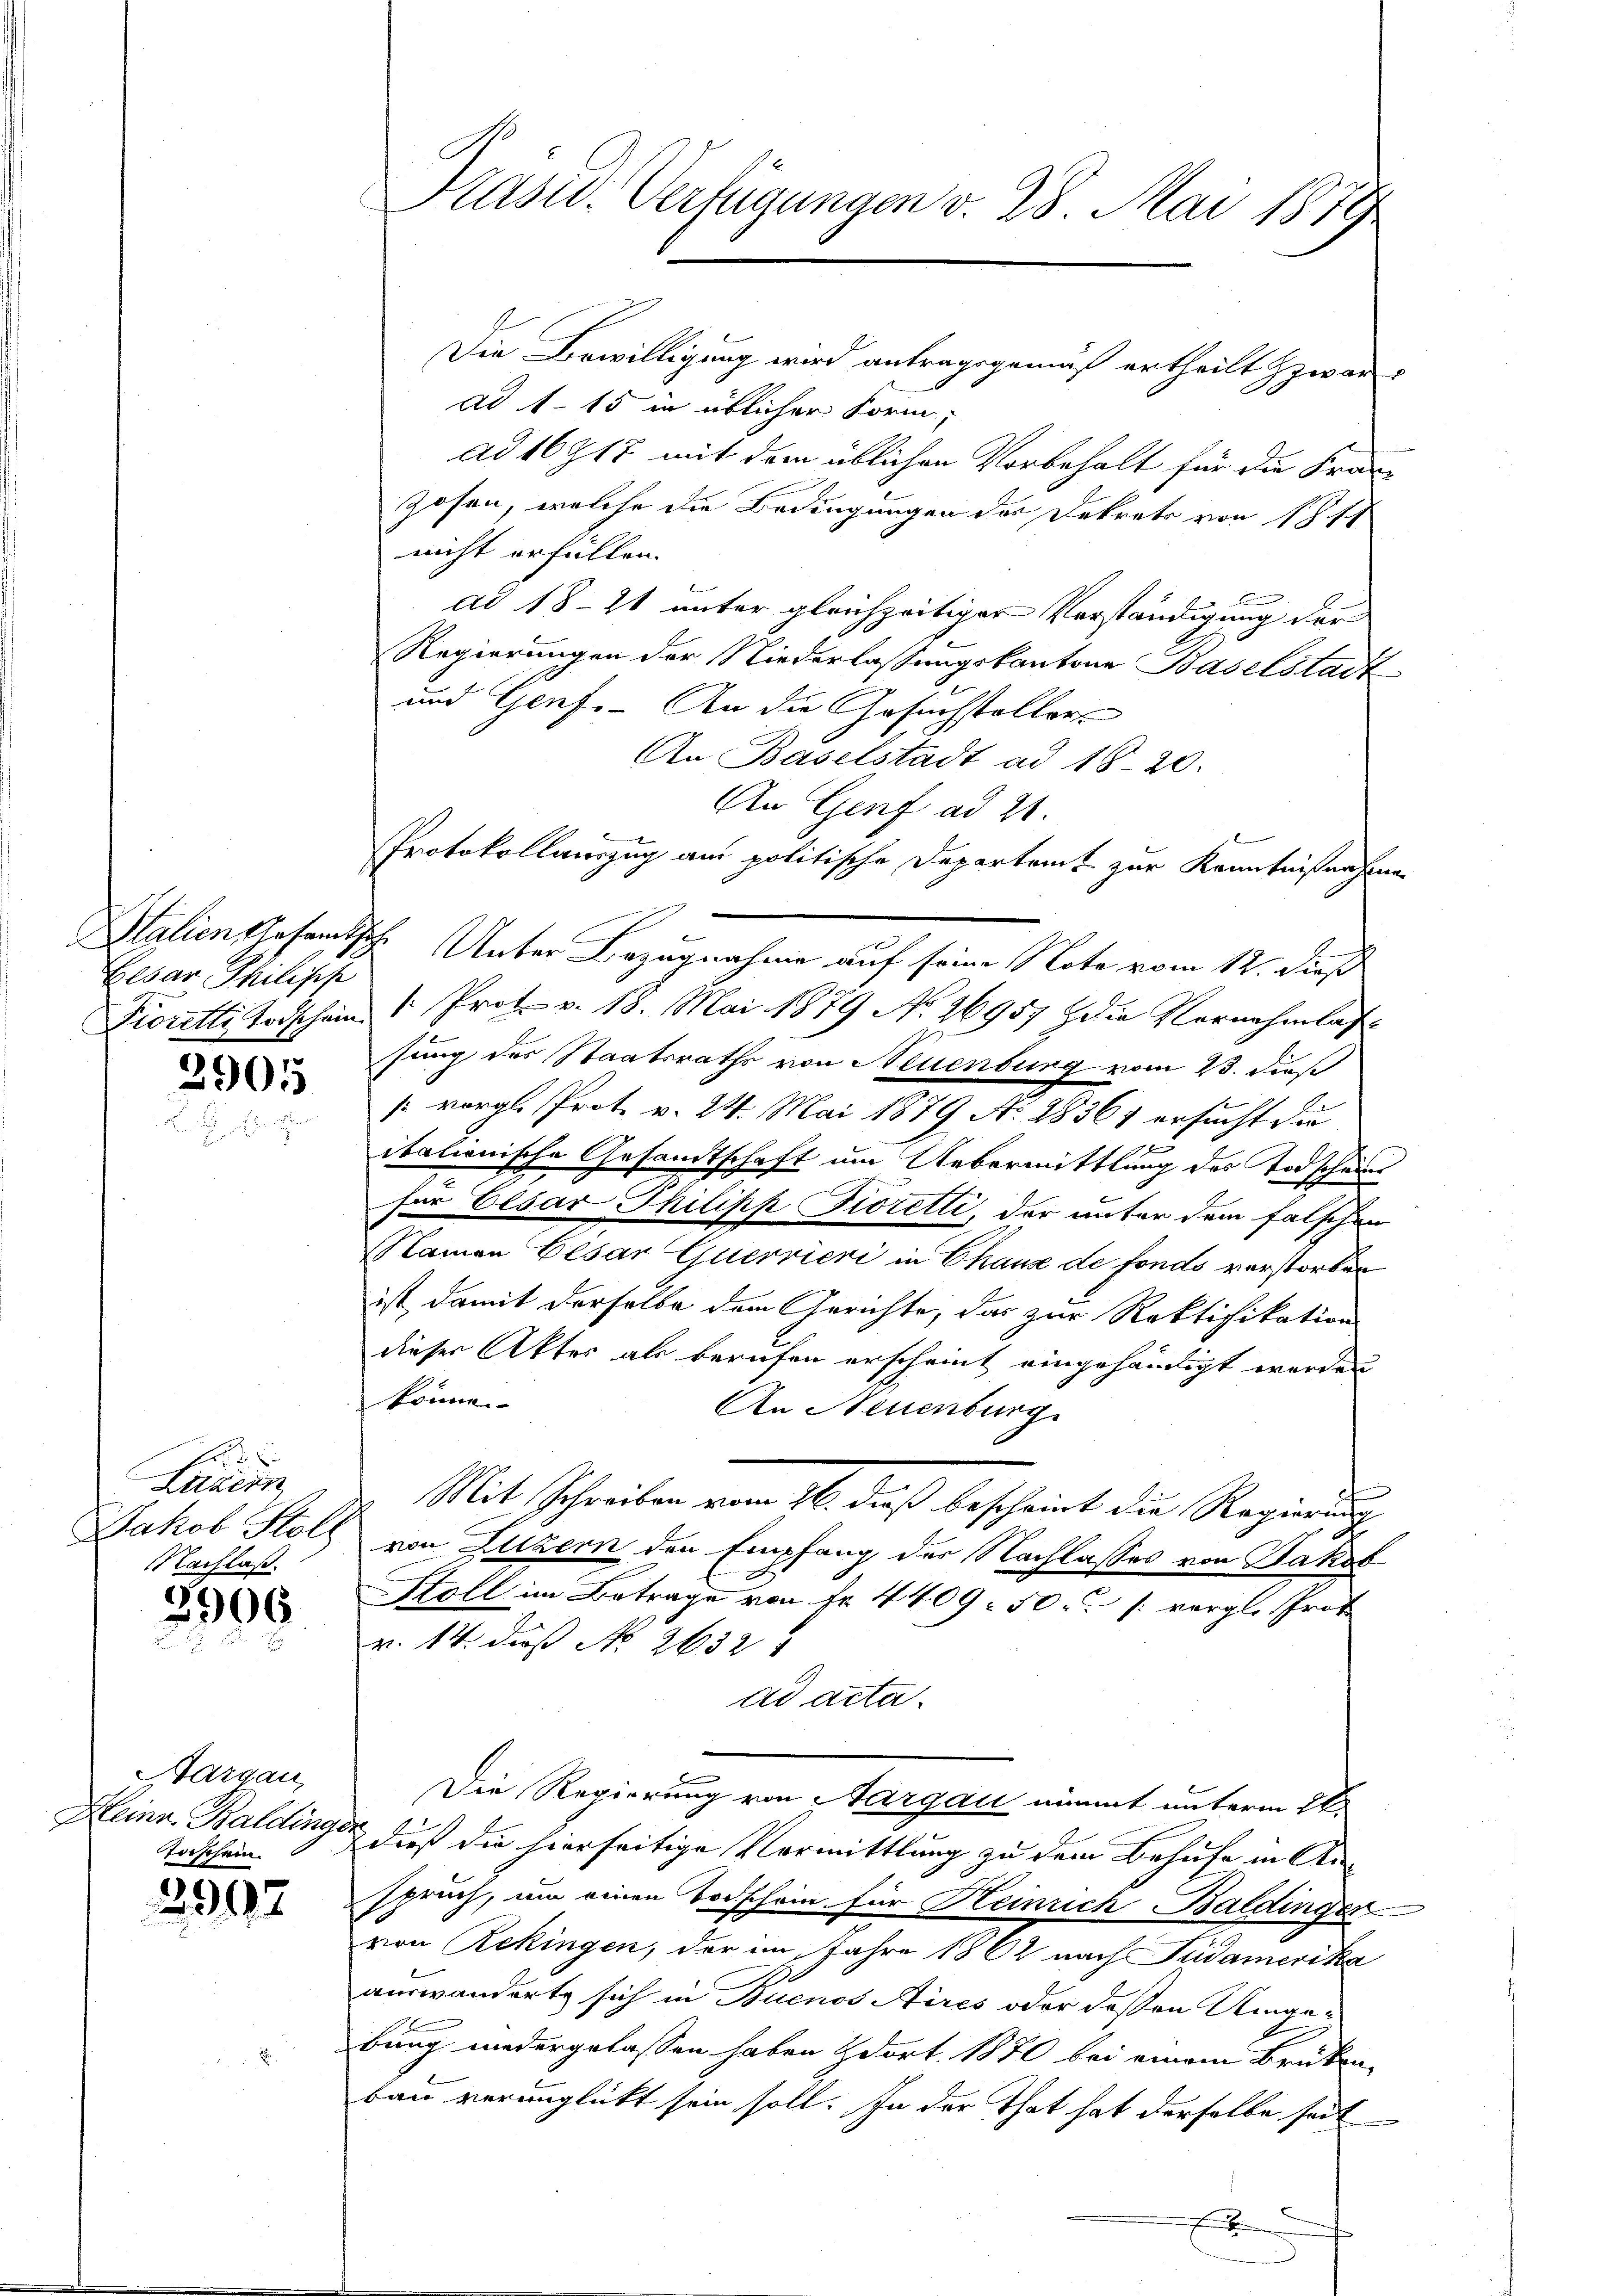
Eesar Philisch

2905

Luzern
Nachlaß.

2909

Aargau,
Taschein.

2097

Die Bewilligung wird antragsgemäß ertheilt zwar
ad 1. 15 in üblicher Form,
ad 16 717 mit dem üblichen Vorbehalt für die Franz-
zosen, welche die Bedingungen der Dekrets von 18 sch
nicht erfüllen.
ad 1821 unter gleichzeitiger Verständigung der
Regierungen der Niederlassungskantone Baselstadt
und Genf. An die Gesuchsteller
An Baselstadt ad 1820.
An Genf ad 21.
Protokollauszug am politische Departamt zur Kenntnißenhan
Station gesandtsch. Unter Bezugnahme auf seine Note vom 12. dieß
Dioretti Todschein 1. Prot. v. 18. Mai 1879 No 26957 die Vernehmlas
sung des Staatsraths von Neuenburg vom 23. dieß
(vergl. Prot. v. 24. Mai 1879 Ao 1836 ersucht die
x
itationische Gesandtschaft um Uebermittlung des Todschein
für Elsar Philipp Fioretti, der unter dem falschen
Namen Cesar Quervieri in Chaus de fonds verstorben
ist, damit derselbe dem Gerichte, das zur Rektifikation
dieser Aktes als berufen erscheint eingehändigt worden
könne.
An Neuenburg
Mit Schreiben vom 16. daß bescheint die Regierung
Jakob Stoll von Luzern den Empfang der Nachlasses von Jakob
Stoll im Betrage von Fr. 4409. 50 u. s. vergl. Prot
v. 14. daß No 26324
ad acta.
Die Regierung von Aargau nimmt unterm 28.
Heinr. Baldings dieß die hierseitige Vermittlung zu dem Behufe in Anspruch, um einen Todschein für Heinrich Baldinger
von Rekingen, der im Jahre 1862 nach Pudamerika
auswanderte sich in Buenos Aires oder deßen Umge-
bung niedergelassen haben dort. 1870 bei einem Brüken,
bau verunglückt sein soll. In der That hat derselbe seit
x

Präsid. Verfügungen v. 28. Mai 1879